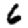
Digit: 6